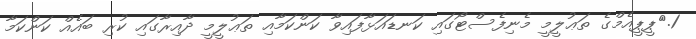
1.	ޕީޕީއެމްގެ ތަޢުލީމީ މެނިފެސްޓޯގައި ކަނޑައަޅާފައިވާ ކަންކަމާއި ތަޢުލީމީ ދާއިރާގައި ކުރި ބައެއް ކަންކަމާ